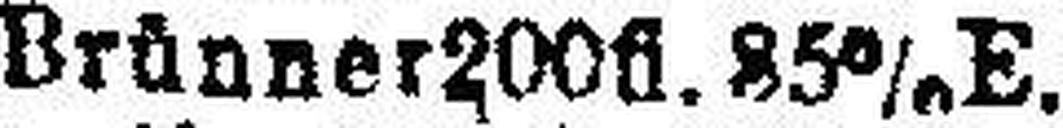
„ Brünner 200fl. 85% E.